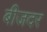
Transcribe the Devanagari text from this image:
बीजदर